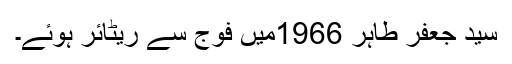
سید جعفر طاہر 1966میں فوج سے ریٹائر ہوئے۔